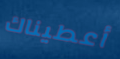
أعطيناك